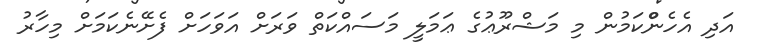
އަދި އެހެންްކަމުން މި މަޝްރޫޢުގެ ޢަމަލީ މަސައްކަތް ވަރަށް އަވަހަށް ފެށޭނެކަމަށް މިހާރު